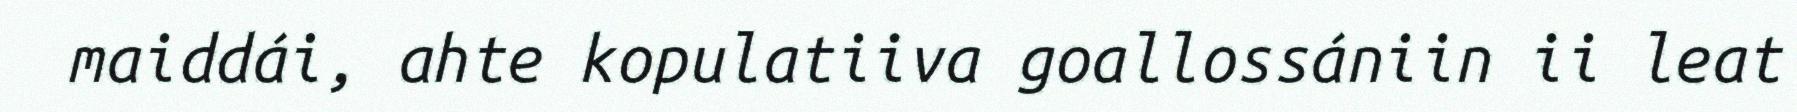
maiddái, ahte kopulatiiva goallossániin ii leat